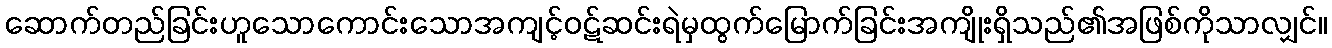
ဆောက်တည်ခြင်းဟူသောကောင်းသောအကျင့်ဝဋ်ဆင်းရဲမှထွက်မြောက်ခြင်းအကျိုးရှိသည်၏အဖြစ်ကိုသာလျှင်။